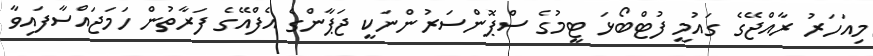
މިއަހަރު ރާއްޖޭގެ ގައުމީ ފުޓްބޯޅަ ޓީމުގެ ސްޕޮންސަރުންނަކީ ޖަޕާންގެ އެފްއޭގެ ފަރާތުން ހަމަޖައްސާފައިވާ